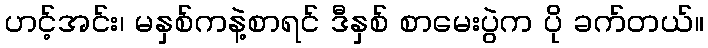
ဟင့်အင်း၊ မနှစ်ကနဲ့စာရင် ဒီနှစ် စာမေးပွဲက ပို ခက်တယ်။